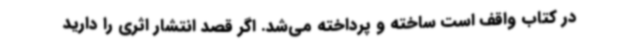
در کتاب واقف است ساخته و پرداخته می‌شد. اگر قصد انتشار اثری را دارید